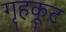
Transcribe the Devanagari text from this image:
गृहकूट